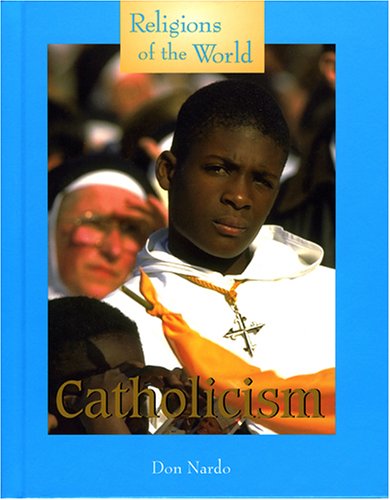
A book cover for Catholicism (Religions of the World (Lucent)); Don Nardo; Teen & Young Adult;